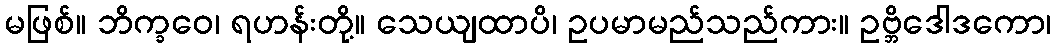
မဖြစ်။ ဘိက္ခဝေ၊ ရဟန်းတို့။ သေယျထာပိ၊ ဥပမာမည်သည်ကား။ ဥဗ္ဘိဒေါဒကော၊